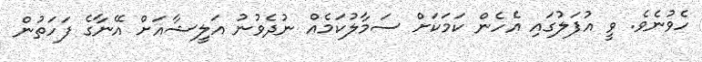
ހެވުނެވެ. ވީ އުފަލުގައި އެހެން ކަމަކަށް ސަމާލުކަމެއް ނުދެވުނު އަލީޝާއަށް އޭނާގެ ފަހަތުން